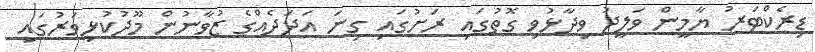
ޑިރެކްޓަރު ޔާމީން ވަލީދު ވިދާޅުވި ގޮތުގައި ރަށުގައި ގިނަ އަދަދެއްގެ ޒުވާނުން މޫދުކުޅިވަރުގައި